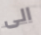
الى